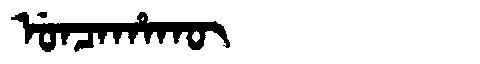
Manchu: ᡠᠨᠴᠠᡥᠠᡴᡡ
Romanization: UNCAHAKŪ